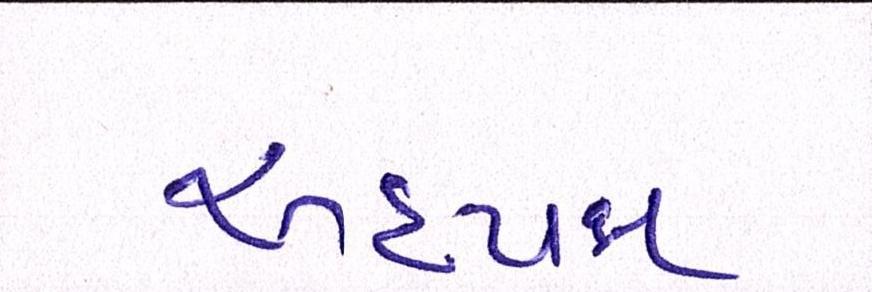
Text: અધ્યક્ષ